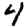
Digit: 4